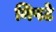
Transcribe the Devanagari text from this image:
निपटे